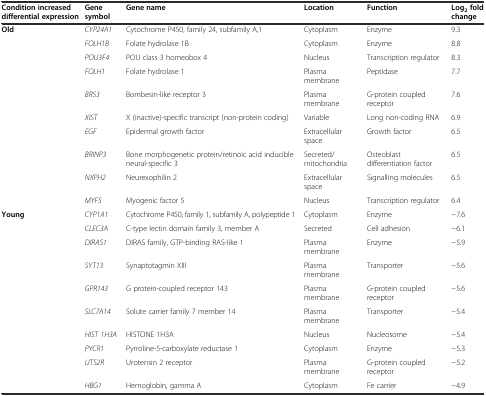
<table><thead><tr><td><b>Condition increased differential expression</b></td><td><b>Gene symbol</b></td><td><b>Gene name</b></td><td><b>Location</b></td><td><b>Function</b></td><td><b>Log<sub>2</sub>fold change</b></td></tr></thead><tbody><tr><td rowspan="10"><b>Old</b></td><td><i>CYP24A1</i></td><td>Cytochrome P450, family 24, subfamily A,1</td><td>Cytoplasm</td><td>Enzyme</td><td>9.3</td></tr><tr><td><i>FOLH1B</i></td><td>Folate hydrolase 1B</td><td>Cytoplasm</td><td>Enzyme</td><td>8.8</td></tr><tr><td><i>POU3F4</i></td><td>POU class 3 homeobox 4</td><td>Nucleus</td><td>Transcription regulator</td><td>8.3</td></tr><tr><td><i>FOLH1</i></td><td>Folate hydrolase 1</td><td>Plasma membrane</td><td>Peptidase</td><td>7.7</td></tr><tr><td><i>BRS3</i></td><td>Bombesin-like receptor 3</td><td>Plasma membrane</td><td>G-protein coupled receptor</td><td>7.6</td></tr><tr><td><i>XIST</i></td><td>X (inactive)-specific transcript (non-protein coding)</td><td>Variable</td><td>Long non-coding RNA</td><td>6.9</td></tr><tr><td><i>EGF</i></td><td>Epidermal growth factor</td><td>Extracellular space</td><td>Growth factor</td><td>6.5</td></tr><tr><td><i>BRINP3</i></td><td>Bone morphogenetic protein/retinoic acid inducible neural-specific 3</td><td>Secreted/mitochondria</td><td>Osteoblast differentiation factor</td><td>6.5</td></tr><tr><td><i>NXPH2</i></td><td>Neurexophilin 2</td><td>Extracellular space</td><td>Signalling molecules</td><td>6.5</td></tr><tr><td><i>MYF5</i></td><td>Myogenic factor 5</td><td>Nucleus</td><td>Transcription regulator</td><td>6.4</td></tr><tr><td rowspan="10"><b>Young</b></td><td><i>CYP1A1</i></td><td>Cytochrome P450, family 1, subfamily A, polypeptide 1</td><td>Cytoplasm</td><td>Enzyme</td><td>−7.6</td></tr><tr><td><i>CLEC3A</i></td><td>C-type lectin domain family 3, member A</td><td>Secreted</td><td>Cell adhesion</td><td>−6.1</td></tr><tr><td><i>DIRAS1</i></td><td>DIRAS family, GTP-binding RAS-like 1</td><td>Plasma membrane</td><td>Enzyme</td><td>−5.9</td></tr><tr><td><i>SYT13</i></td><td>Synaptotagmin XIII</td><td>Plasma membrane</td><td>Transporter</td><td>−5.6</td></tr><tr><td><i>GPR143</i></td><td>G protein-coupled receptor 143</td><td>Plasma membrane</td><td>G-protein coupled receptor</td><td>−5.6</td></tr><tr><td><i>SLC7A14</i></td><td>Solute carrier family 7 member 14</td><td>Plasma membrane</td><td>Transporter</td><td>−5.4</td></tr><tr><td><i>HIST 1H3A</i></td><td>HISTONE 1H3A</td><td>Nucleus</td><td>Nucleosome</td><td>−5.4</td></tr><tr><td><i>PYCR1</i></td><td>Pyrroline-5-carboxylate reductase 1</td><td>Cytoplasm</td><td>Enzyme</td><td>−5.3</td></tr><tr><td><i>UTS2R</i></td><td>Urotensin 2 receptor</td><td>Plasma membrane</td><td>G-protein coupled receptor</td><td>−5.2</td></tr><tr><td><i>HBG1</i></td><td>Hemoglobin, gamma A</td><td>Cytoplasm</td><td>Fe carrier</td><td>−4.9</td></tr></tbody></table>